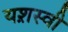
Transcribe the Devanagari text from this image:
यश़स्वी